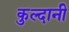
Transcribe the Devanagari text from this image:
कुल्दानी